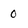
Character: 0